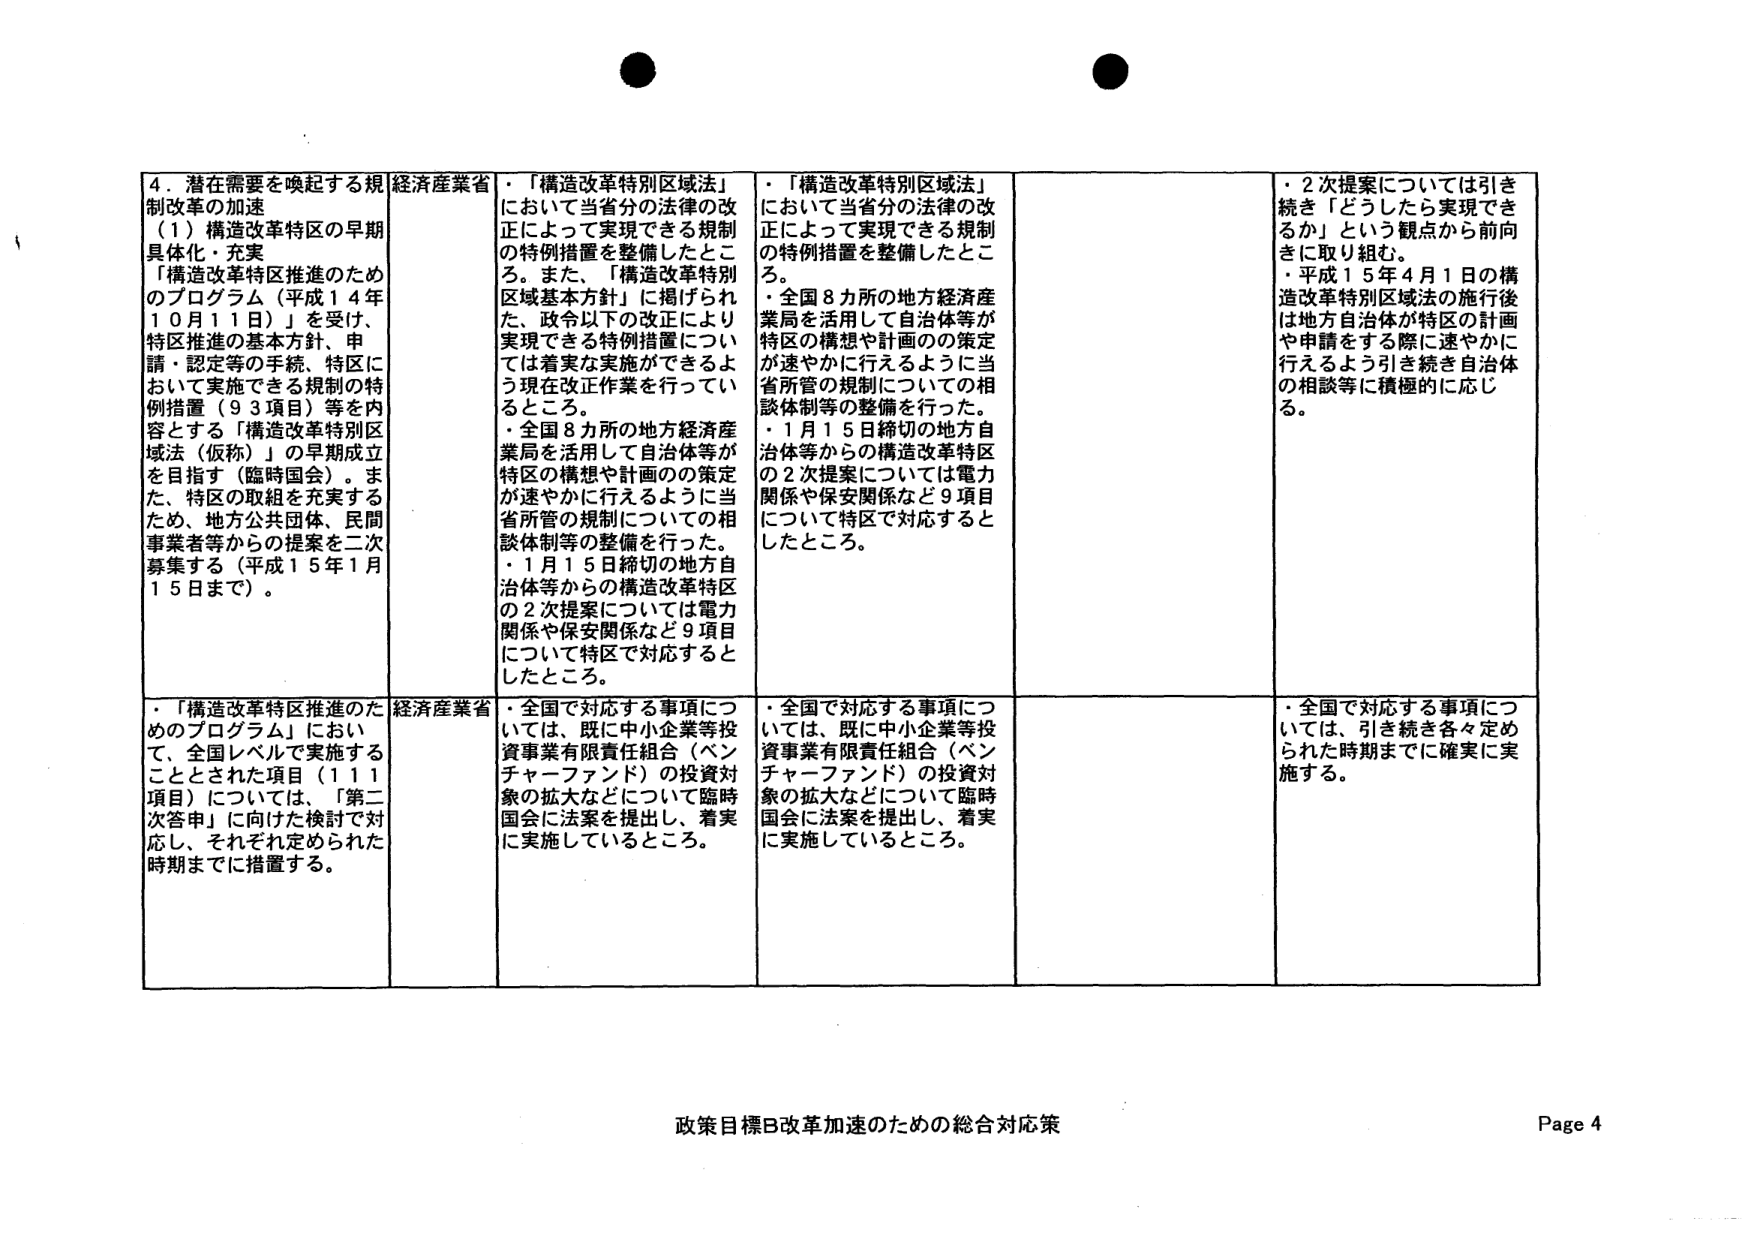
4．潜在需要を喚起する規制改革の加速
（1）構造改革特区の早期具体化・充実
「構造改革特区推進のためのプログラム（平成14年10月11日）」を受け、特区推進の基本方針、特区において実施できる規制の特例措置（93項目）等を内容とする「構造改革特別区域法（仮称）」の早期成立を目指す（臨時国会）。また、特区の取組を充実するため、地方公共団体、民間事業者等からの提案を二次募集する（平成15年1月15日まで）。

経済産業省
・「構造改革特別区域法」において当省分の法律の改正によって実現できる規制の特例措置を整備したところ。また、「構造改革特別区域基本方針」に掲げられた、政令以下の改正により実現できる特例措置については着実な実施ができるよう現在改正作業を行っているところ。
・全国8カ所の地方経済産業局を活用して自治体等が特区の構想や計画の策定が速やかに行えるように当省所管の規制についての相談体制等の整備を行った。
・1月15日締切の地方自治体等からの構造改革特区の2次提案については電力関係や保安関係など9項目について特区で対応するとしたところ。

・「構造改革特別区域法」において当省分の法律の改正によって実現できる規制の特例措置を整備したところ。
・全国8カ所の地方経済産業局を活用して自治体等が特区の構想や計画の策定が速やかに行えるように当省所管の規制についての相談体制等の整備を行った。
・1月15日締切の地方自治体等からの構造改革特区の2次提案については電力関係や保安関係など9項目について特区で対応するとしたところ。

・2次提案については引き続き「どうしたら実現できるか」という観点から前向きに取り組む。
・平成15年4月1日の構造改革特別区域法の施行後は地方自治体が特区の計画や申請をする際に速やかに行えるよう引き続き自治体の相談等に積極的に応じる。

・「構造改革特区推進のためのプログラム」において、全国レベルで実施することとされた項目（111項目）については、「第二次答申」に向けた検討で対応し、それぞれ定められた時期までに措置する。

経済産業省
・全国で対応する事項については、既に中小企業等投資事業有限責任組合（ベンチャーファンド）の投資対象の拡大などについて臨時国会に法案を提出し、着実に実施しているところ。

・全国で対応する事項については、既に中小企業等投資事業有限責任組合（ベンチャーファンド）の投資対象の拡大などについて臨時国会に法案を提出し、着実に実施しているところ。

・全国で対応する事項については、引き続き各々定められた時期までに確実に実施する。

政策目標B改革加速のための総合対応策
Page 4